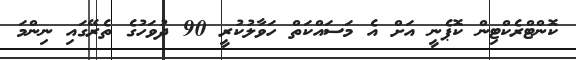
ކޮންޓްރެކްޓިން ކޮޕެނީ އަށް އެ މަސައްކަތް ހަވާލުކުރީ 90 ދުވަހުގެ ތެރޭގައި ނިންމަ